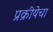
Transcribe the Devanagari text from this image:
प्रक्रीयेचा